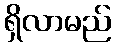
ရှိလာမည်